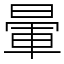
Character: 暈